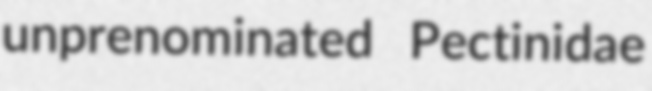
unprenominated Pectinidae